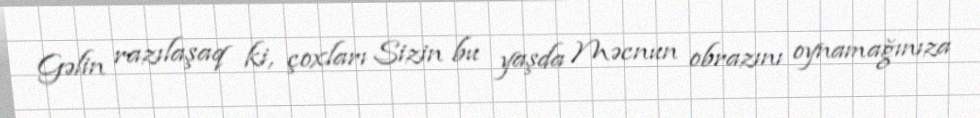
Gəlin razılaşaq ki, çoxları Sizin bu yaşda Məcnun obrazını oynamağınıza